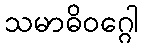
သမာဓိဝဂ္ဂေါ